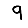
Digit: 9